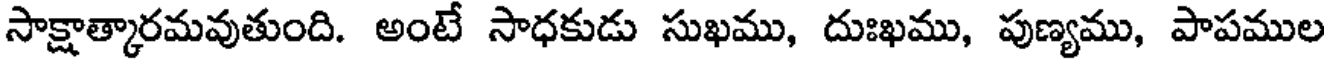
సాక్షాత్కారమవుతుంది. అంటే సాధకుడు సుఖము, దుఃఖము, పుణ్యము, పాపముల